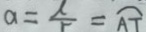
a = \frac { \lambda } { r } = \widehat { A T }